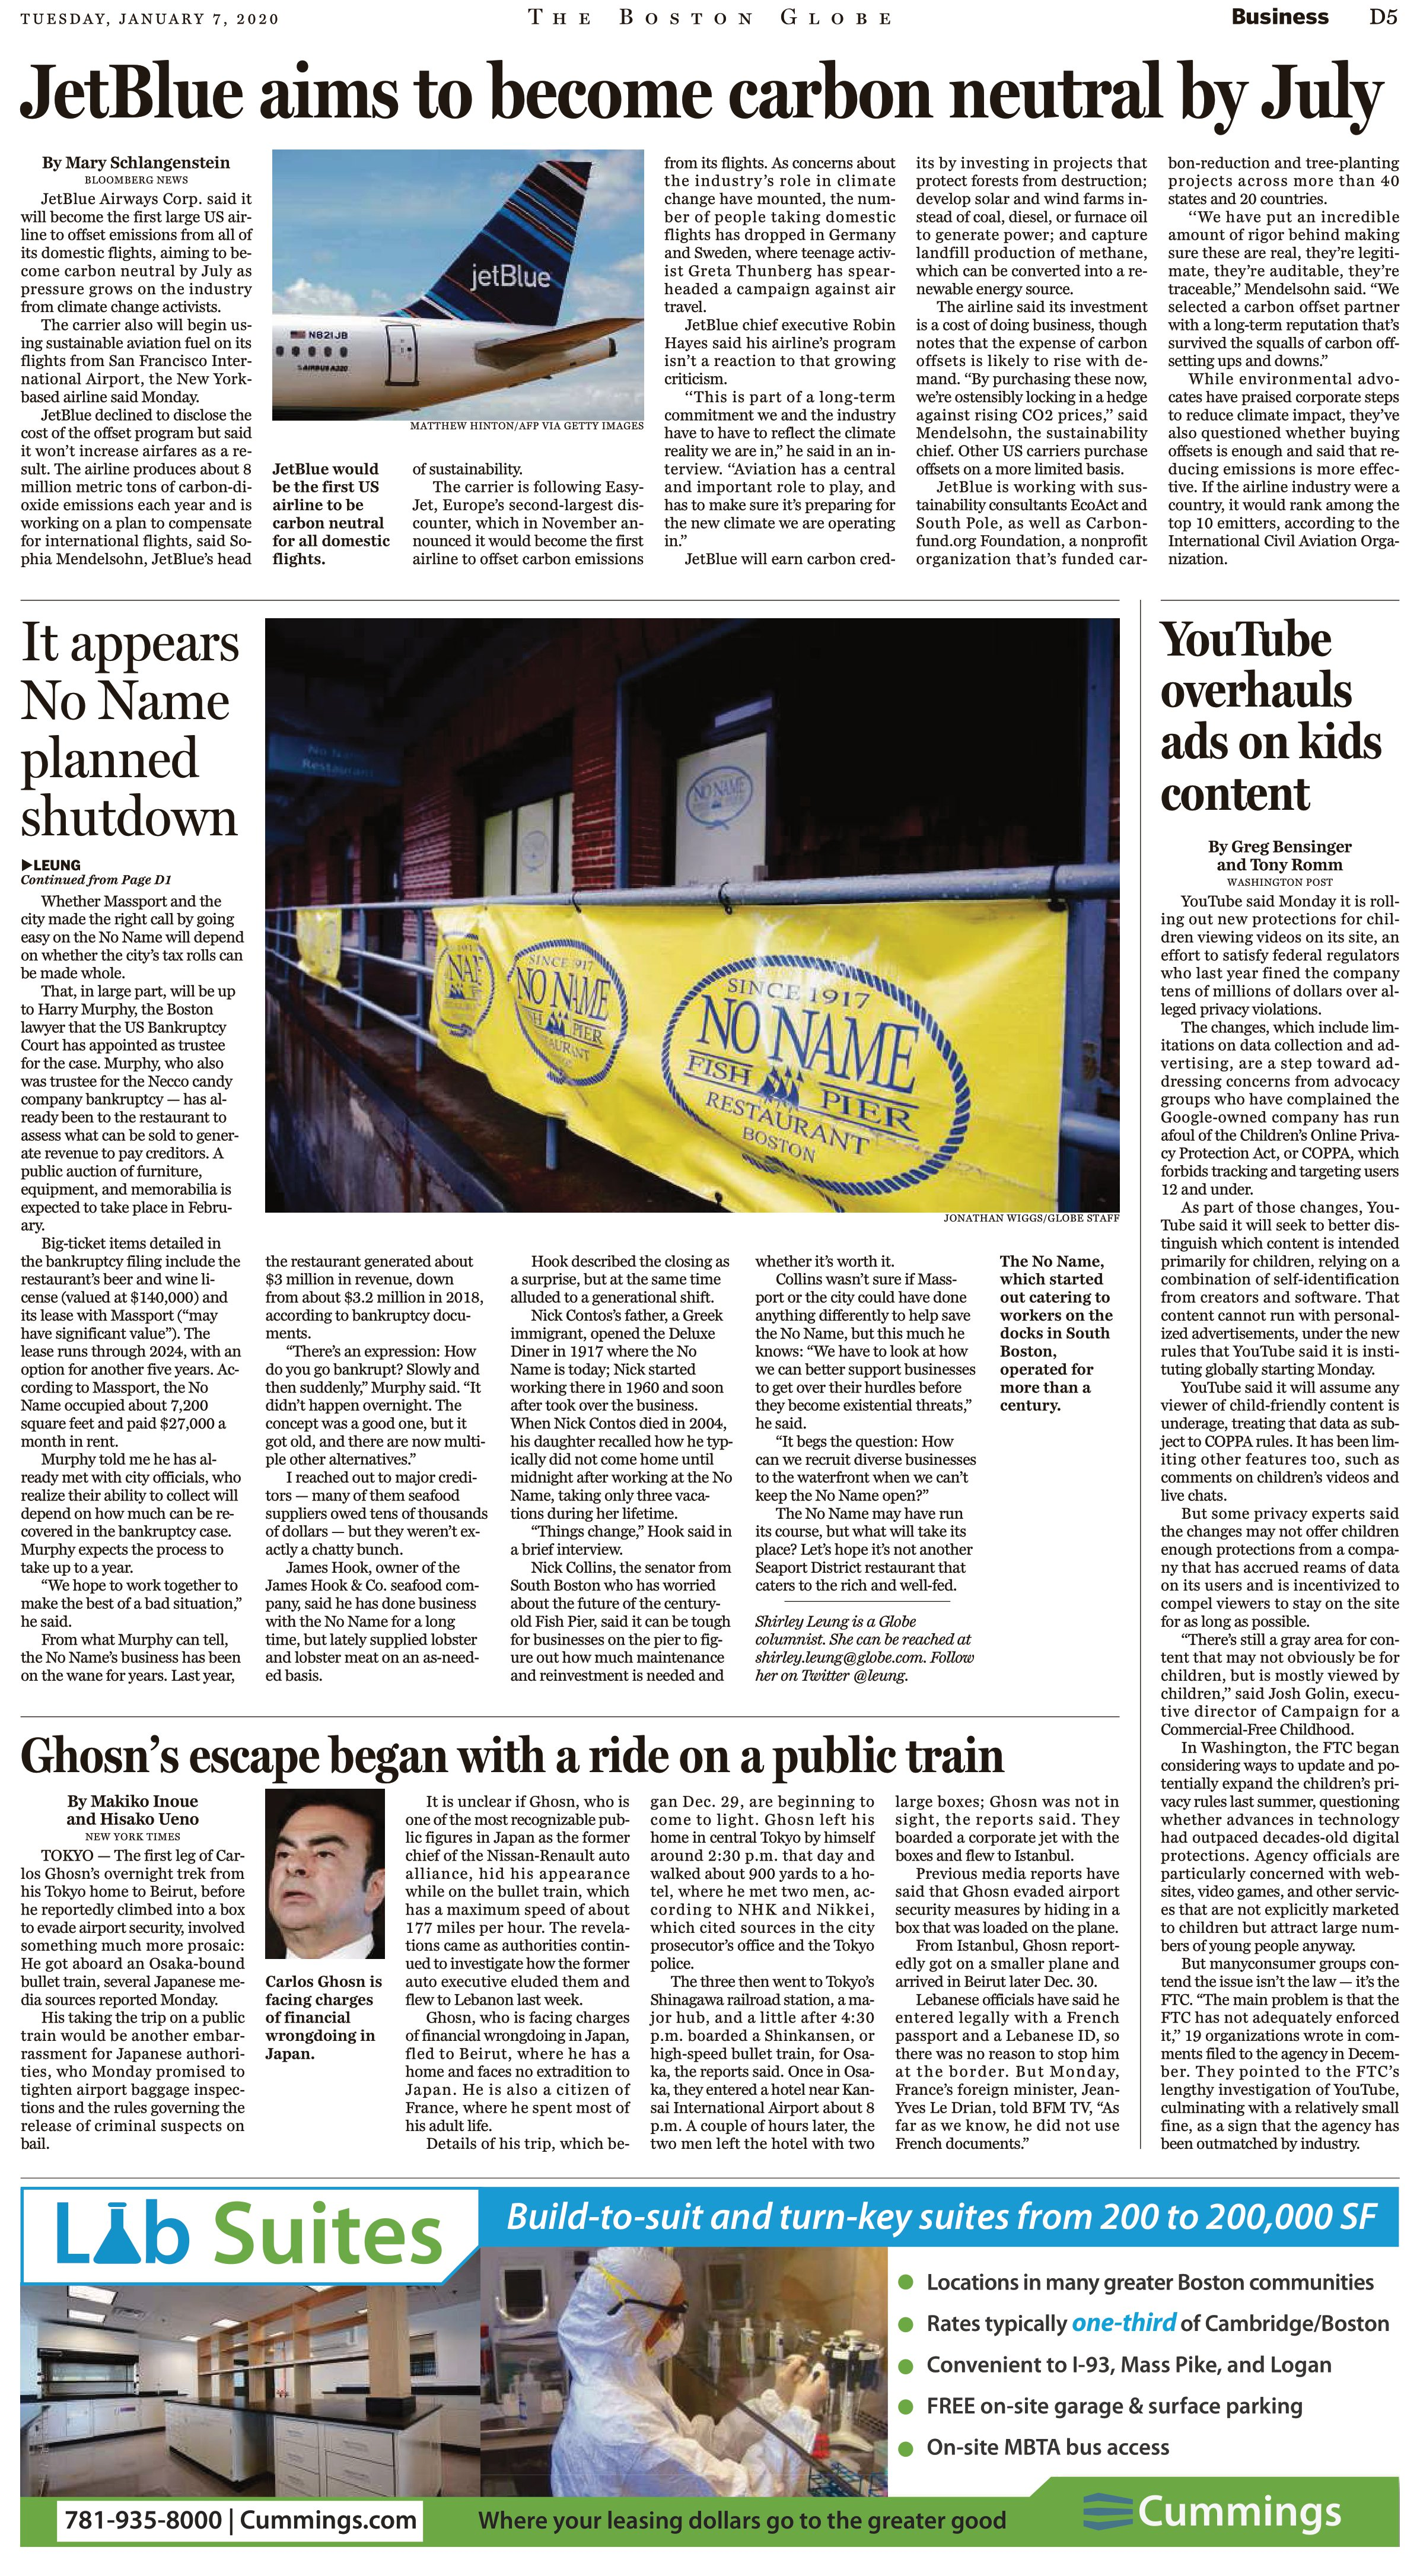
Language: en